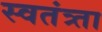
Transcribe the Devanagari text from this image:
स्वतंत्र्ता